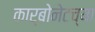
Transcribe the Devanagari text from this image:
कार्बोनेटच्या